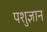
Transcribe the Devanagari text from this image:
पशुज्ञान